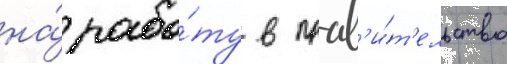
на́ рабо́ту в прав'и́т'ельство